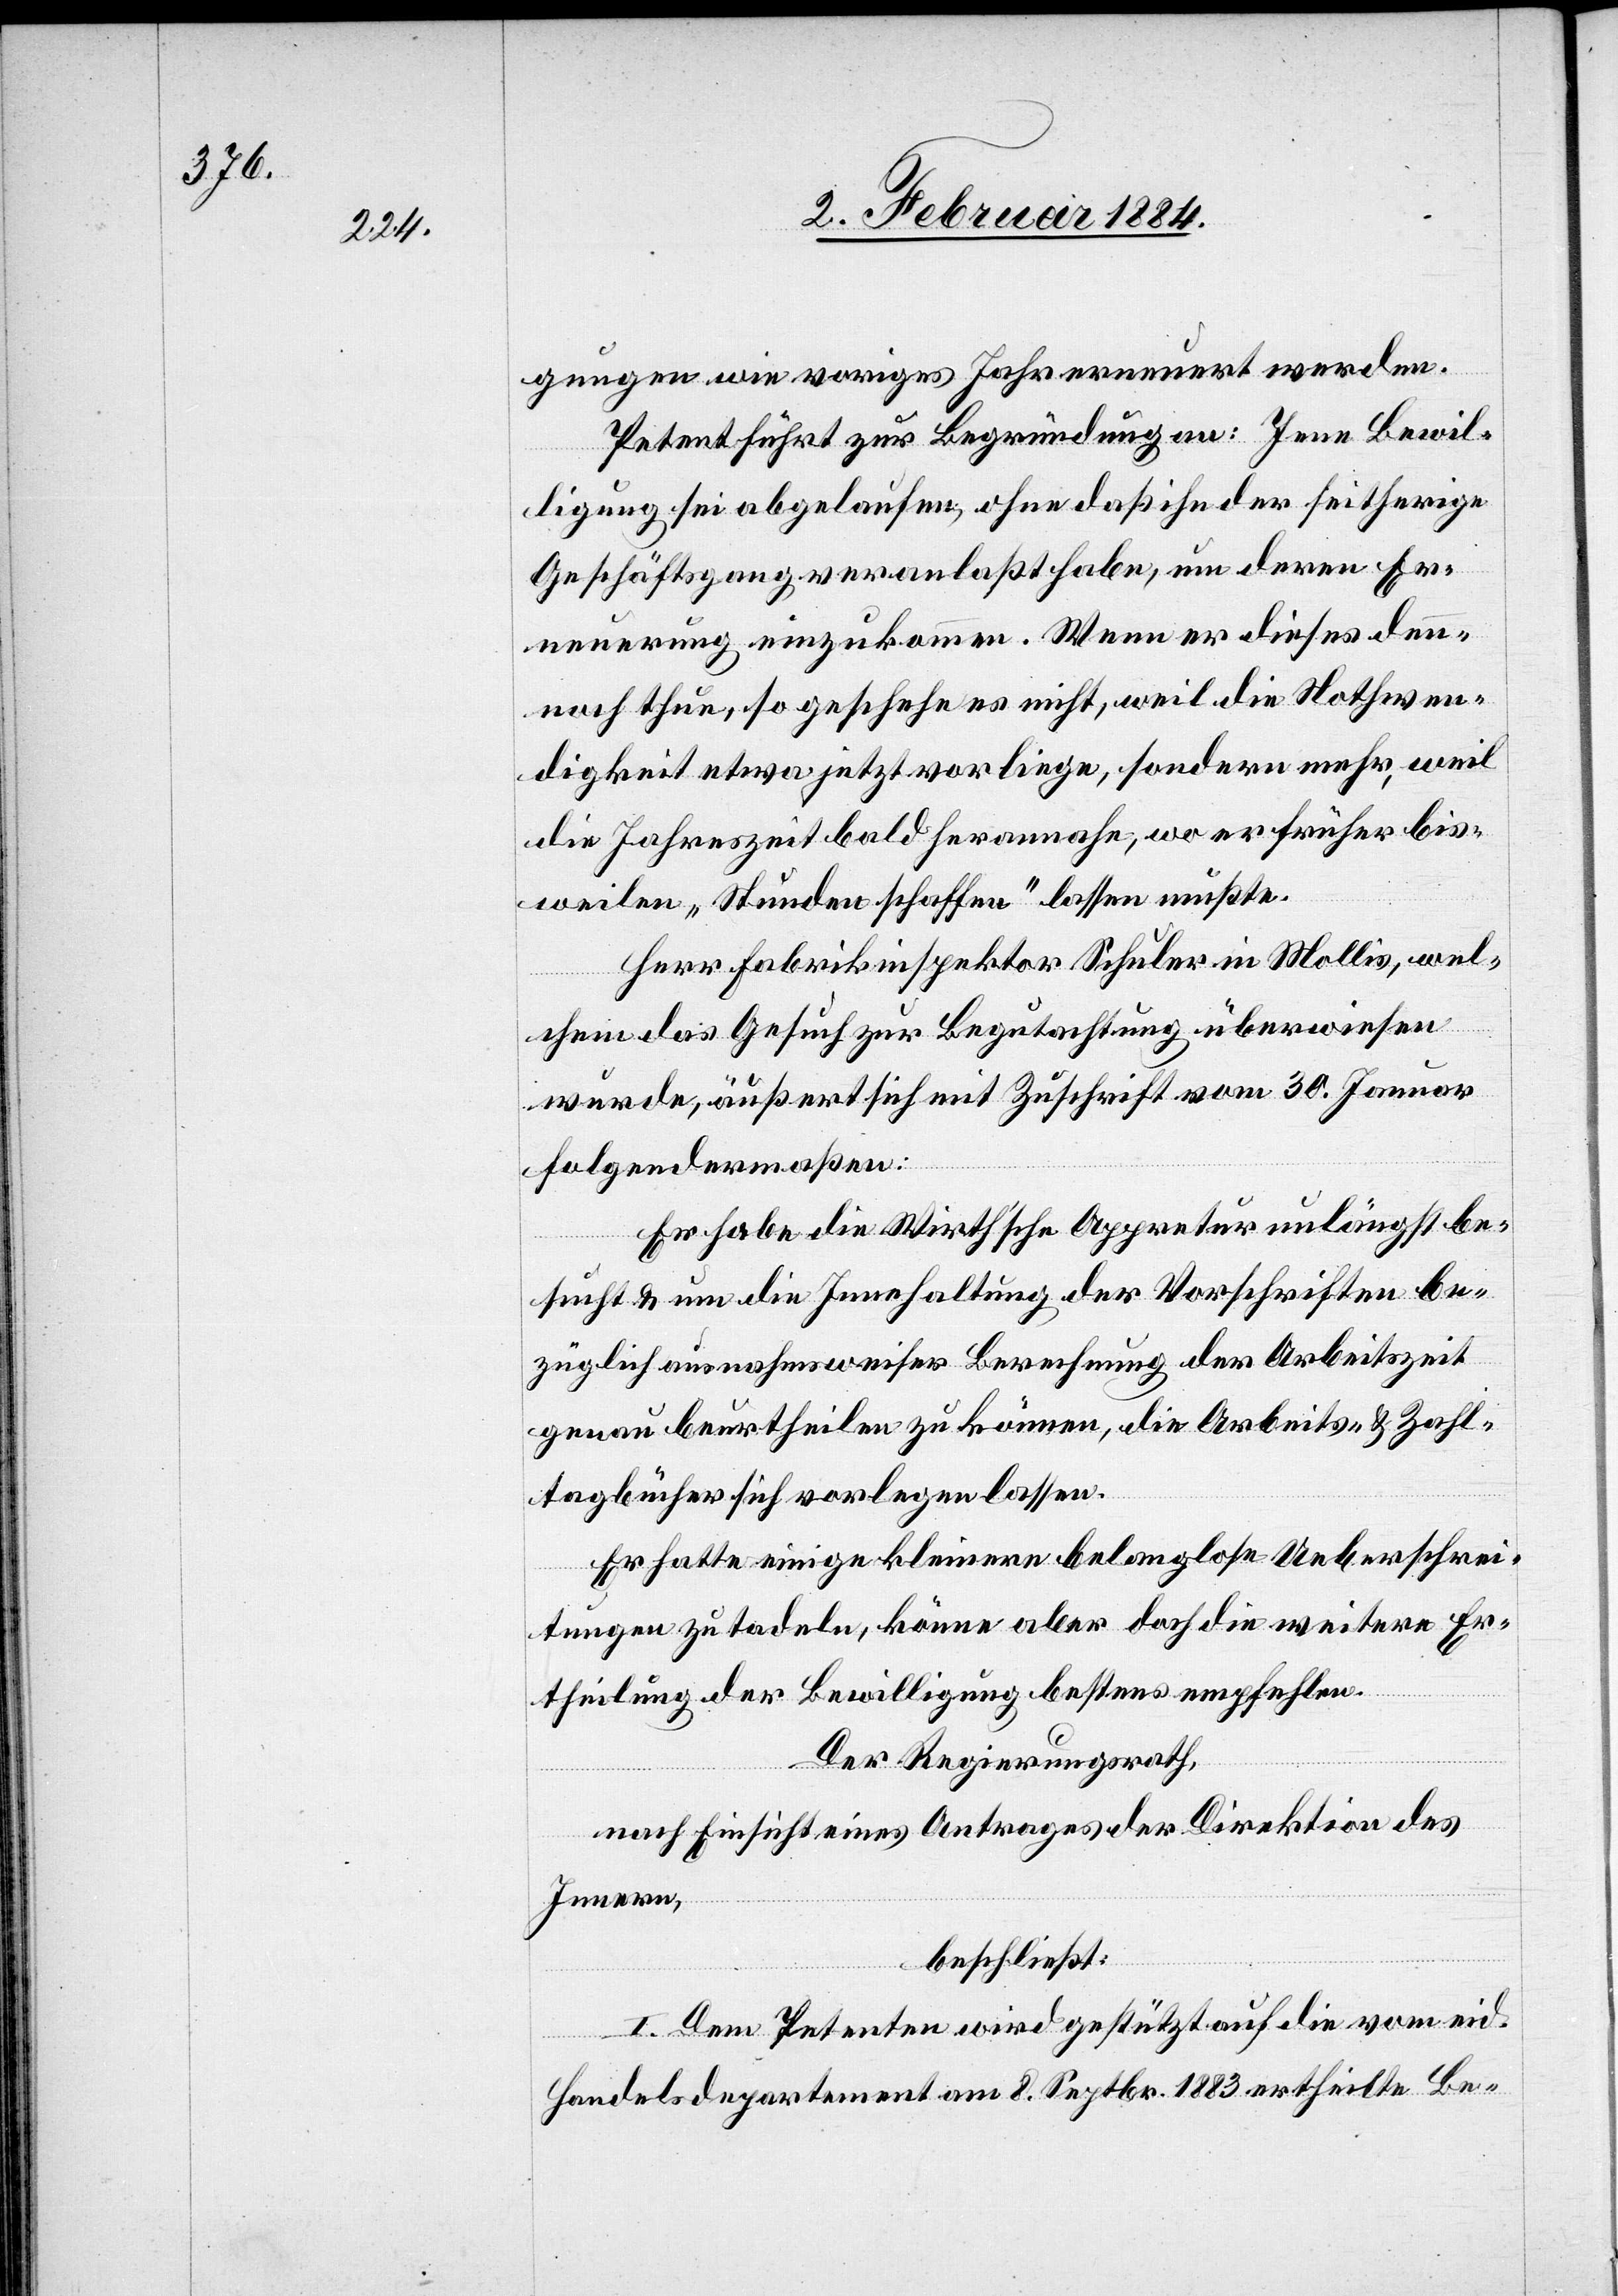
gungen wie voriges Jahr erneuert werden.
Petent führt zur Begründung an: Jene Bewil¬
ligung sei abgelaufen, ohne daß ihn der seitherige
Geschäftsgang veranlaßt habe, um deren Er¬
neuerung einzukommen. Wenn er dieses den¬
noch thue, so geschehe es nicht, weil die Nothwen¬
digkeit etwa jetzt vorliege, sondern mehr, weil
die Jahreszeit bald herannahe, wo er früher bis¬
weilen „Stunden schaffen“ lassen mußte.
Herr Fabrikinspektor Schuler in Mollis, wel¬
chem das Gesuch zur Begutachtung überwiesen
wurde, äußert sich mit Zuschrift vom 30. Januar
folgendermaßen:
Er habe die Wirth’sche Appretur unlängst be¬
sucht & um die Innehaltung der Vorschriften be¬
züglich ausnahmsweiser Berechnung der Arbeitszeit
genau beurtheilen zu können, die Arbeits- & Zahl¬
tagbücher sich vorlegen lassen.
Er hatte einige kleinere belanglose Ueberschrei¬
tungen zu tadeln, könne aber doch die weitere Er¬
theilung der Bewilligung bestens empfehlen.
Der Regierungsrath,
nach Einsicht eines Antrages der Direktion des
Innern,
beschließt:
I. Dem Petenten wird gestützt auf die vom eid.
Handelsdepartement am 8. Septbr. 1883 ertheilte Be-